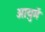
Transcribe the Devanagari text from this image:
आयुमें